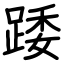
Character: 踒